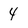
Character: 4